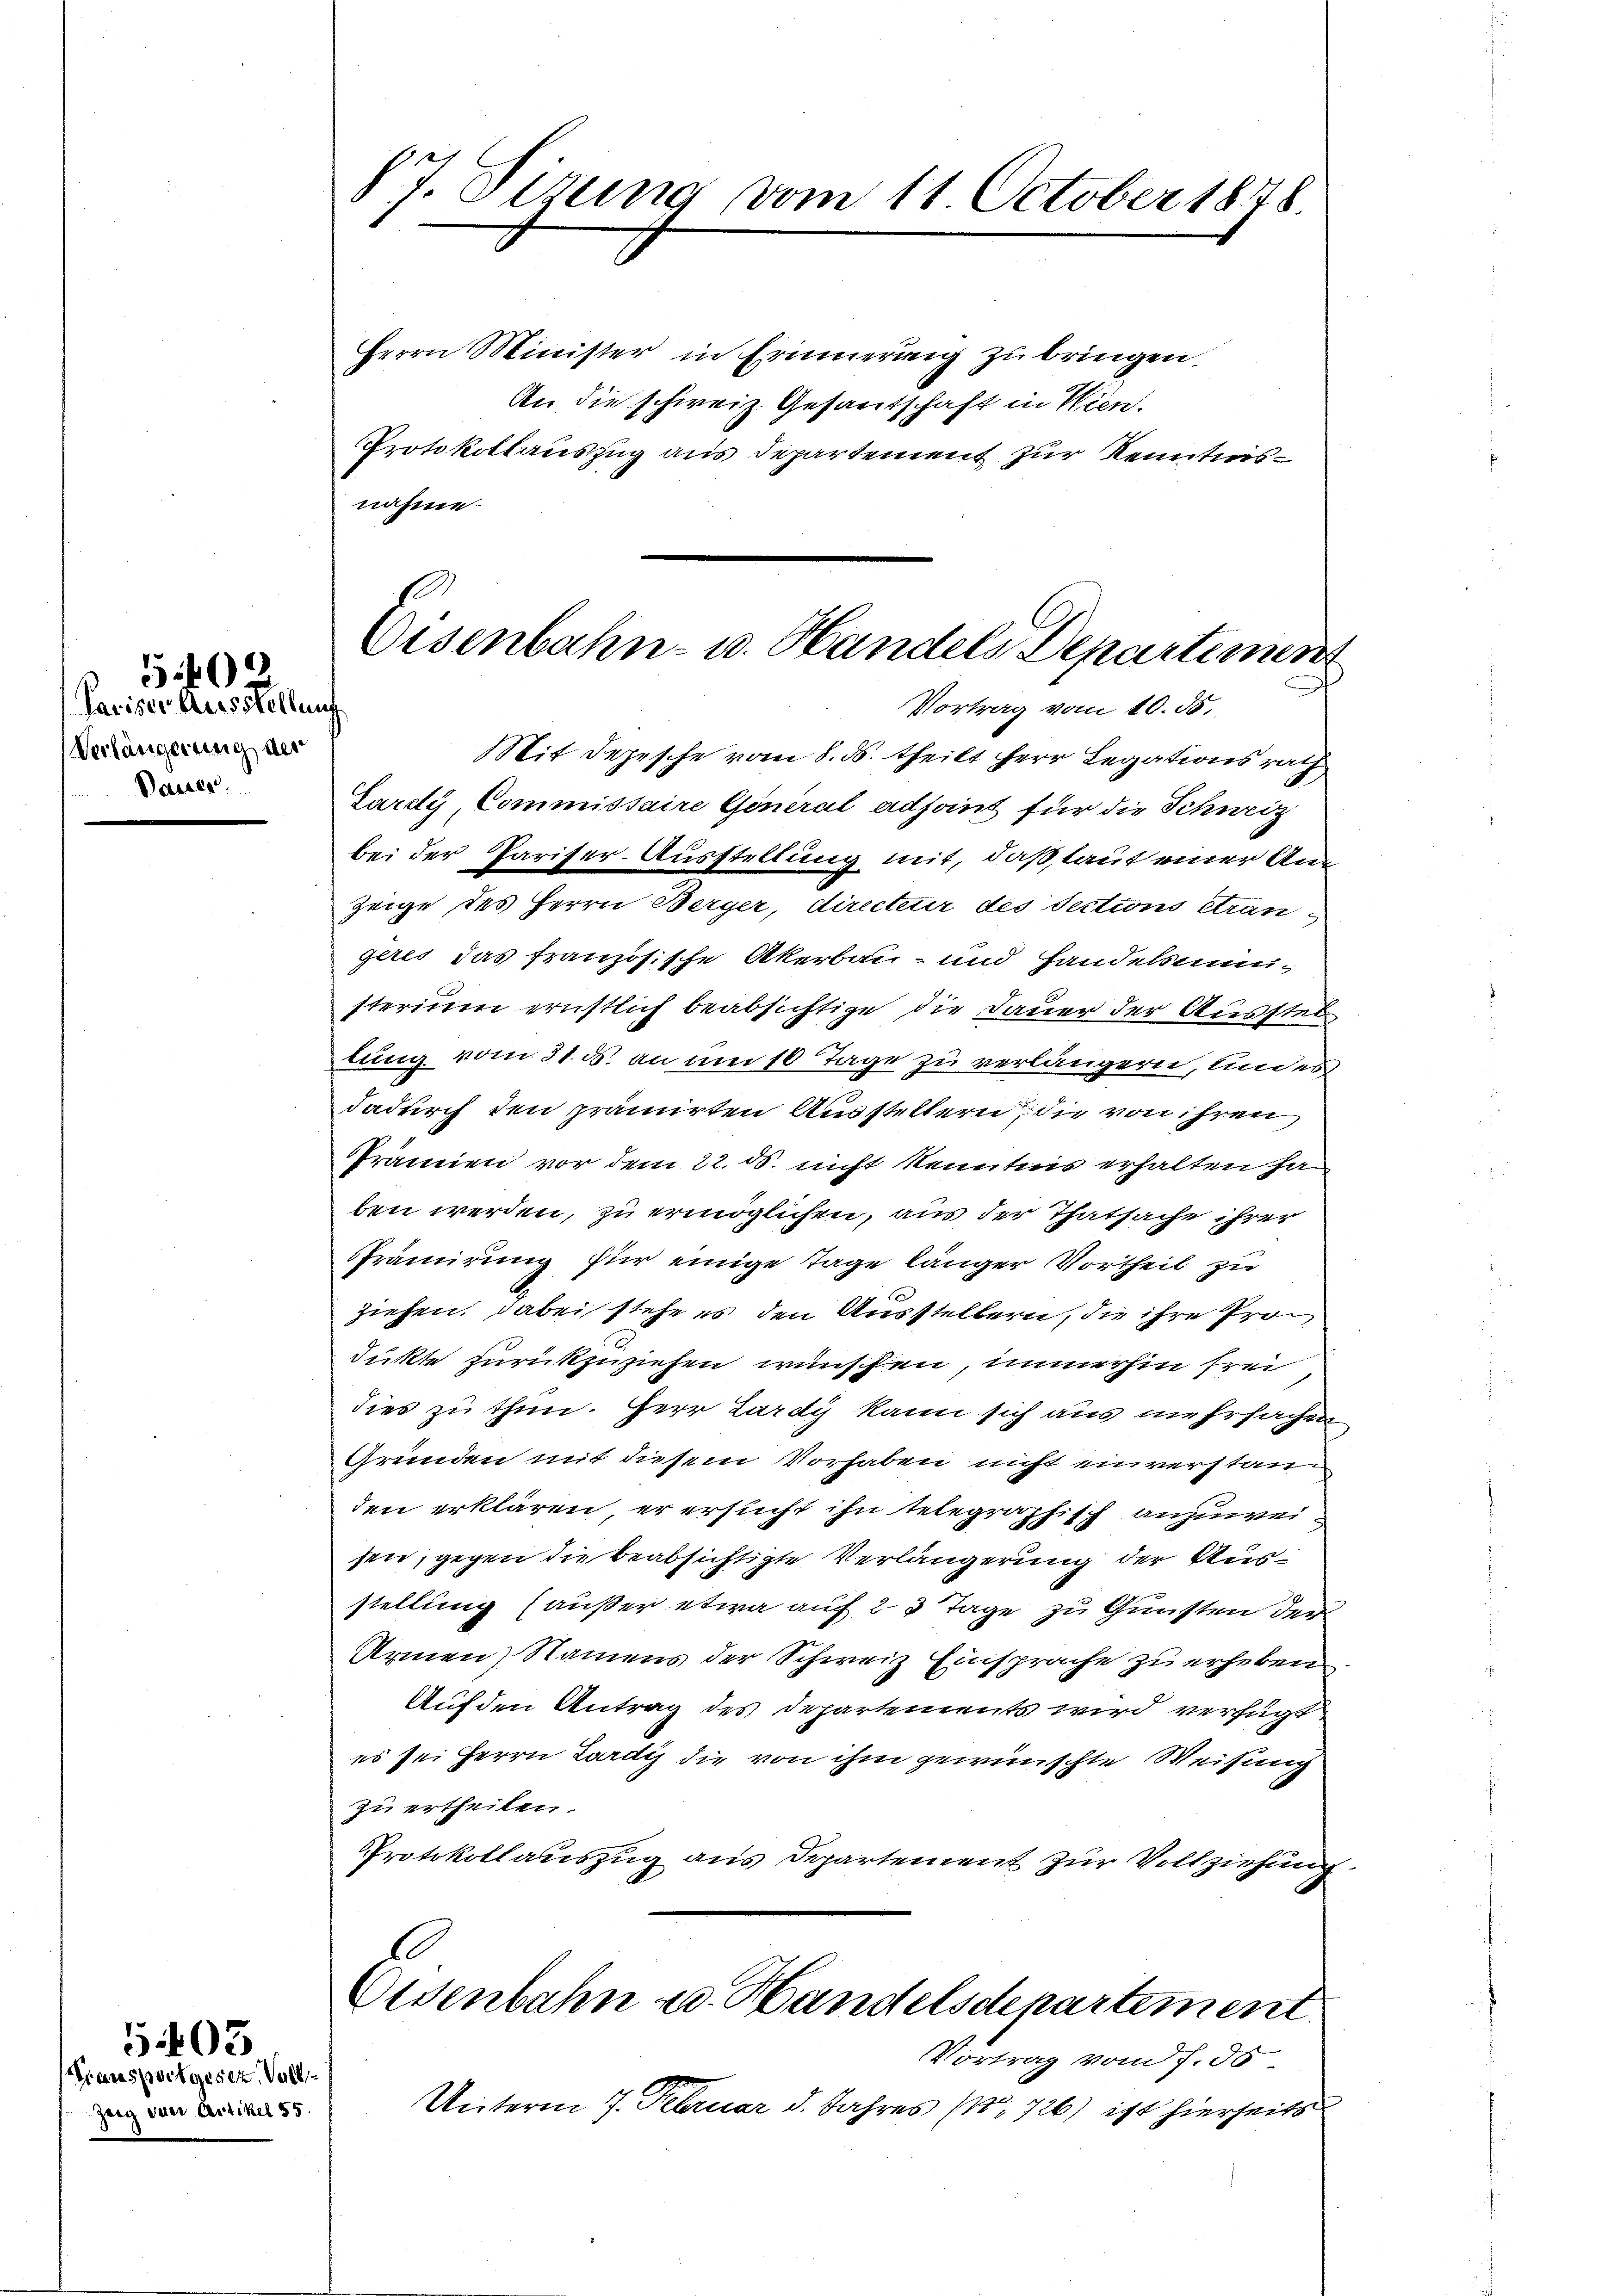
Pariser Ausstellung
Verlängerung des
Basser.

5402

Transportgesez. Voll
Zeig vier Artikel 55.

5403

87. Sirung vom 11. October 1878.

Herrn Minister in Erinnerung zu bringen.
An die schweiz. Gesantschaft in Wien.
Protokollauszug aus Departement zur Kenntnis
nahme.
Mit Depesche vom 8. ds. theilt Herr Legationsrath
Pardy Commissaire General adjoint für die Schweiz
bei der Pariser-Ausstellung mit, daß, laut einer Au¬
Zeige des Herrn Berger, directeur des Sections Grangeres das französische Akerbau- und Handelsamsterium ernstlich beabsichtige die Dauer der Ausstel
lung vom 31. ds. an um 10 Tage zu verlängern, und es
dadurch den prämierten Ausstellern, die von ihren
Prämien vor dem 22. ds. nicht kenntens erhalten han
ben werden, zu ermöglichen, aus der Thatsache ihrer
Prämirung für einige Tage länger Vortheil zu
ziehen. Dabei stehe es den Ausstellern, die ihre Produkte zurückzuziehen wünschen, immerhin frei
dies zu thun. Herr Lardy kann sich aus mehrfachen
Gründen mit diesem Vorhaben nicht einverstand
den erklären, er ersucht ihn telegraphisch anzuwei
sen, gegen die beabsichtigte Verlängerung der Ausstellung (außer etwa auf 23 Tage zu Gunsten der
Armen, Namens der Schweiz Einsprache zu erheben
Auf den Antrag des Departements wird verfügt
es sei Herrn Lardy die von ihm gewünschte Weisung
zu ertheilen.
Protokollauszug aus Departement zur Vollziehung
le
Osenbahn u. Handelsdepartement
Vortrag von f. 30
Unterm 7. Februar d. Jahres 1726) ist hierseits

Eisenbahn- u. Handels Departimen
Vortrag vom 10. 55.